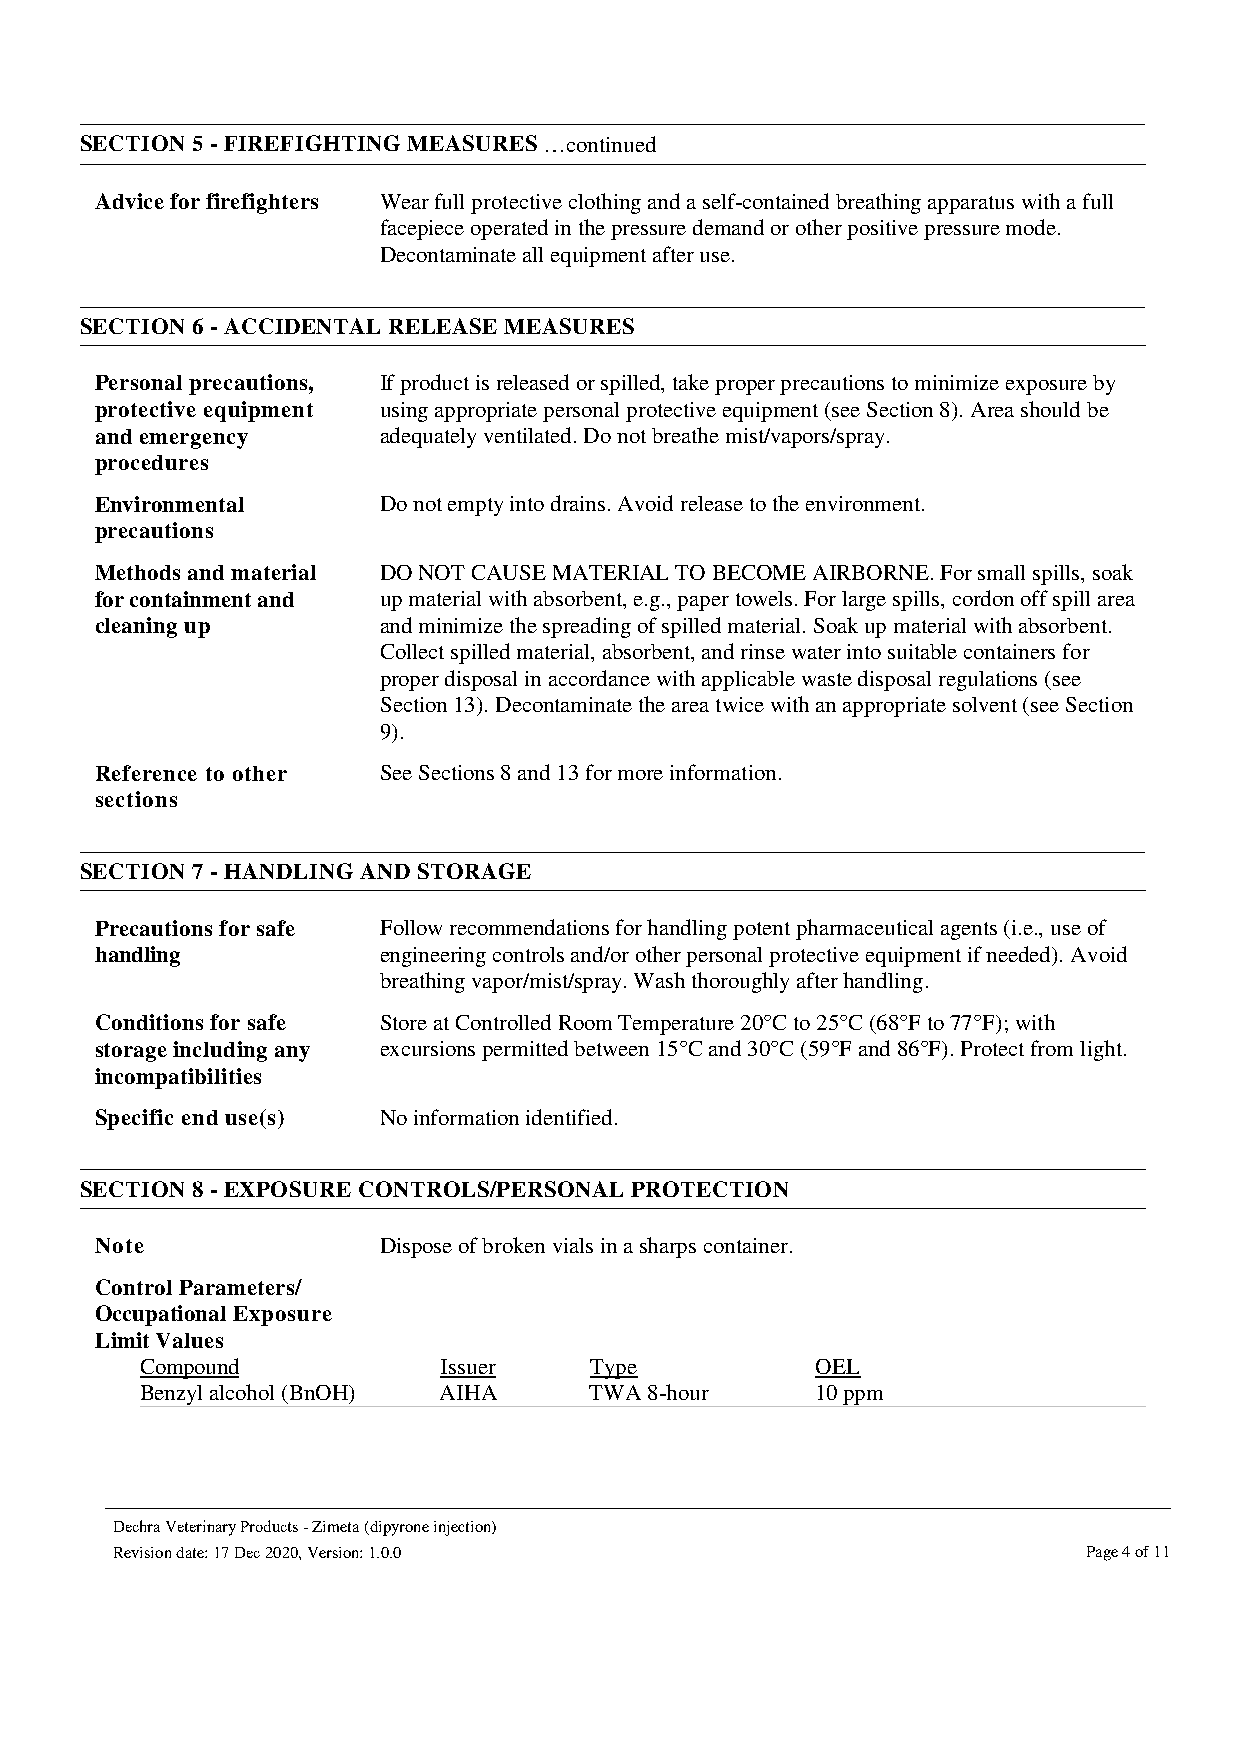
SECTION 5 - FIREFIGHTING MEASURES …continued
 Advice for firefighters Wear full protective clothing and a self-contained breathing apparatus with a full
 facepiece operated in the pressure demand or other positive pressure mode.
 Decontaminate all equipment after use.
 SECTION 6 - ACCIDENTAL RELEASE MEASURES
 Personal precautions, If product is released or spilled, take proper precautions to minimize exposure by
 protective equipment using appropriate personal protective equipment (see Section 8). Area should be
 and emergency      adequately ventilated. Do not breathe mist/vapors/spray.
 procedures
 Environmental      Do not empty into drains. Avoid release to the environment.
 precautions
 Methods and material DO NOT CAUSE MATERIAL TO BECOME AIRBORNE. For small spills, soak
 for containment and up material with absorbent, e.g., paper towels. For large spills, cordon off spill area
 cleaning up        and minimize the spreading of spilled material. Soak up material with absorbent.
 Collect spilled material, absorbent, and rinse water into suitable containers for
 proper disposal in accordance with applicable waste disposal regulations (see
 Section 13). Decontaminate the area twice with an appropriate solvent (see Section
 9).
 Reference to other See Sections 8 and 13 for more information.
 sections
 SECTION 7 - HANDLING AND STORAGE
 Precautions for safe Follow recommendations for handling potent pharmaceutical agents (i.e., use of
 handling           engineering controls and/or other personal protective equipment if needed). Avoid
 breathing vapor/mist/spray. Wash thoroughly after handling.
 Conditions for safe Store at Controlled Room Temperature 20°C to 25°C (68°F to 77°F); with
 storage including any excursions permitted between 15°C and 30°C (59°F and 86°F). Protect from light.
 incompatibilities
 Specific end use(s) No information identified.
 SECTION 8 - EXPOSURE CONTROLS/PERSONAL PROTECTION
 Note               Dispose of broken vials in a sharps container.
 Control Parameters/
 Occupational Exposure
 Limit Values
 Compound            Issuer    Type           OEL
 Benzyl alcohol (BnOH) AIHA    TWA 8-hour     10 ppm
 Dechra Veterinary Products - Zimeta (dipyrone injection)
 Revision date: 17 Dec 2020, Version: 1.0.0                       Page 4 of 11